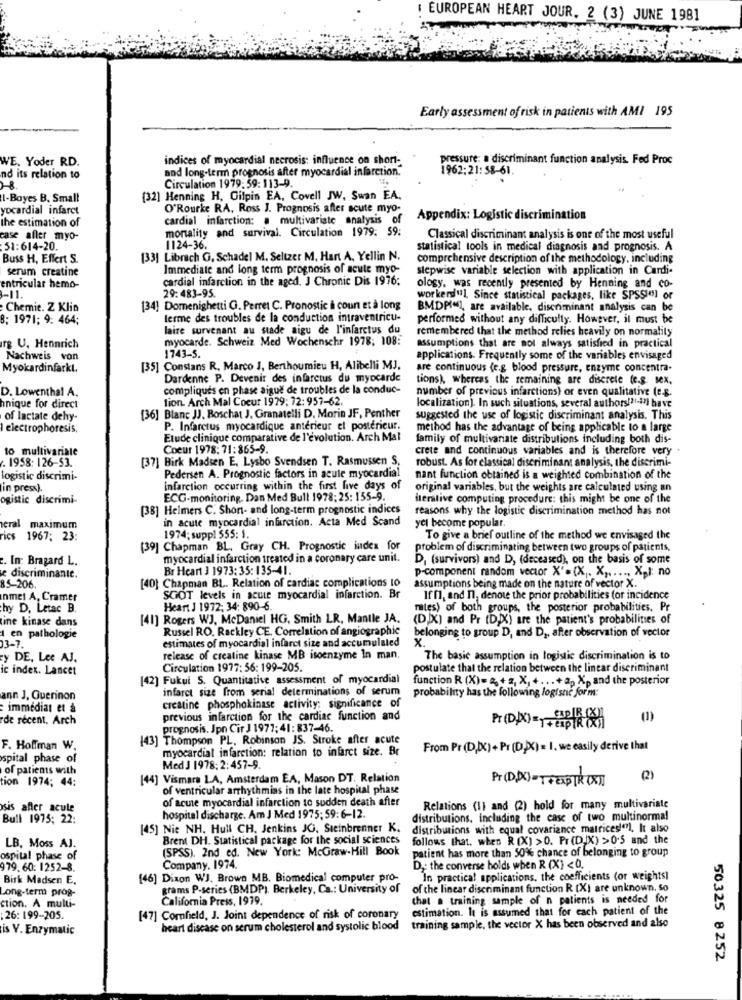
EUROPEAN HEART JOUR. 2 (3) JUNE 1981
Early assessment of risk in patients with AMI 195
WE. Yoder RD.
indices of myocardial necrosis: influence on short-
pressure: a discriminant function analysis. Fed Proc
and long-term prognosis after myocardial infarction.
1962:21:58-61.
nd its relation to
Circulation 1979: 59: 113-9.
I-Boyes B. Small
[32] Henning H. Gilpin EA, Covell JW, Swan EA.
yocardial infarct
O'Rourke RA, Ross J. Prognosis after acute myo-
the estimation of
cardial infarction: a multivariate analysis of
Appendix: Logistic discrimination
mortality and survival. Circulation 1979: 59:
case after myo-
Classical discriminant analysis is one of the most useful
51:614-20.
1124-36.
statistical tools in medical diagnosis and prognosis. A
Buss H, Effert S.
[33] Librach G. Schadel M. Seltzer M, Hart A, Yellin N.
comprehensive description of the methodology, including
serum creatine
Immediate and long term prognosis of acute myo-
stepwise variable selection with application in Cardi-
cardial infarction in the aged. J Chronic Dis 1976:
entricular hemo-
ology, was recently presented by Henning and co-
3-11.
29:483-95.
workerdul. Since statistical packages, like SPSSI(s) or
Chemie. Z Klia
[34] Domenighetti G. Perret C. Pronostic à coun et à long
BMDMIM, are available. discriminant analysis can be
8: 1971; 9. 464;
lerme des troubles de la conduction intraventricu-
performed without any difficulty. However, il must be
laire survenant au stade aigu de l'infarctus du
remembered that the method relies heavily on normality
myocarde. Schweiz Med Wochenschr 1978; 108:
rg U. Hennrich
assumptions that are not always satisfied in practical
Nachweis von
1743-5.
applications. Frequently some of the variables envisaged
Myokardinfarkt.
[35] Constans R. Marco J, Berthoumicu H, Alibelli MJ,
are continuous (e.g. blood pressure, enzyme concentra-
Dardenne P. Devenir des infarctus du myocarde
tions), whereas the remaining are discrete (e.s. sex,
D. Lowenthal A.
compliqués en phase aigue de troubles de la conduc-
number of previous infarctions) or even qualitative (e.g.
lion. Arch Mal Coeur 1979; 72: 957-62.
hnique for direct
localization). In such situations, several authors/21-i7) have
of lactate dehy-
(36) Blanc JJ. Boschat J, Granatelli D. Morin JF, Penther
suggested the use of logistic discriminant analysis. This
I electrophoresis,
P. Infarctus myocardique antérieur el postérieur.
method has the advantage of being applicable to a large
Etude clinique comparative de l'évolution. Arch Mal
family of multivariate distributions including both dis-
to multivariate
Coeur 1978: 71:865-9.
crete and continuous variables and is therefore very .
. 1958: 126-53.
[37] Birk Madsen E. Lysbo Svendsen T. Rasmussen S,
robust. As for classical discriminant analysis, the discrimi-
logistic discrimi-
Pedersen A. Prognostic factors in acute myocardial
nant function obtained is a weighted combination of the
in press).
infarction occurring within the first five days of
original variables, but the weights are calculated using an
ogistic discrimi-
ECG-monitoring. Dan Med Bull 1978: 25: 155-9.
iterative computing procedure: this might be one of the
[38] Helmers C. Short- and long-term prognostic indices
reasons why the logistic discrimination method has not
in acute myocardial infarction. Acta Med Scand
yel become popular.
eral maximum
ics 1967: 23:
1974; suppl 555: 1.
To give a brief outline of the method we envisaged the
[39] Chapman BL, Gray CH. Prognostic index for
problem of discriminating between two groups of patients.
. In: Bragard L.
myocardial infarction treated in a coronary care unit.
D. (survivors) and D, (deceased), on the basis of some
Br Heart 3 1973: 35: 135-41.
p-component random vector X"=(X). X ,..... Xpl: no
e discriminante.
[40] Chapman BL. Relation of cardiac complications to
85-206
assumptions being made on the nature of vector X.
Inmet A, Cramer
SGOT levels in acute myocardial infarction. Br
Iff, and I, denou the prior probabilities (or incidence
hy D. Letac B.
Heart J 1972; 34: 890-6.
mites) of both groups, the posterior probabilities. Pr
ine kinase dans
[41] Rogers WJ, McDaniel HG, Smith LR, Mantle JA.
(DIX) and Pr (D)X) are the patient's probabilities of
Russel RO. Rackley CE. Correlation of angiographic
1 en pathologie
03-7.
estimates of myocardial infarct size and accumulated
belonging to group D, and D ,, after observation of vector
X.
y DE, Lee AJ.
release of creatine kinase MB isoenzyme In man.
The basic assumption in logistic discrimination is to
ic index. Lancet
Circulation 1977: 56: 199-205.
postulate that the relation between the linear discriminant
[42] Fukui S. Quantitative assessment of myocardial
function R (X)= 2 + 2, X, + ... + 2. Xp and the posterior
infarct size from serial determinations of serum
ann J. Querinon
probability has the following logistic form:
immédiat et &
creatine phosphokinase activity: significance of
de recent. Arch
previous infarction for the cardiac function and
(1)
prognosis. Jpn Cir J 1977: 41: 837-46.
Pr(D)X) =1+ ESPIR (X)
143] Thompson PL. Robinson JS. Stroke after acute
F. Hoffman W.
myocardial infarction: relation to infarct size. Br
From Pr (D,IX) + Pr (D)X) = 1. we easily derive that
spital phase of
of patients with
Med J 1978; 2:457-9.
tion 1974; 44:
[44] Vismara LA, Amsterdam EA, Mason DT. Relation
Pr(D.X)=T FEED TR (X)
(2)
of ventricular arrhythmias in the late hospital phase
of acute myocardial infarction to sudden death after
sis after acule
Relations (1] and (2) hold for many multivariate
Bull 1975; 22:
hospital discharge. Am J Med 1975: 59:6-12.
distributions, including the case of two multinormal
[45] Nie NH. Hull CH. Jenkins JG, Steinbrenner K.
distributions with equal covariance matrices"), It also
Brent DH. Statistical package for the social sciences
follows that. when R (X) >0. Pr (DIX) >0.5 and the
LB. Moss AJ.
(SPSS). 2nd ed. New York: McGraw-Hill Book
patient has more than 50% chance of belonging to group
ospital phase of
979. 60: 1252-8.
Company. 1974.
D .: the converse holds when R (X) <0.
Birk Madsen E.
[46] Dixon WJ. Brown MB. Biomedical computer pro-
In practical applications, the coefficients (or weights]
Long-term prog-
grams P-series (BMDP). Berkeley, Ca .: University of
of the linear discriminant function R [X] are unknown. So
California Press, 1979.
that . training sample of n patients is needed for
ction. A multi-
estimation. It is assumed that for each patient of the
: 26: 199-205.
[47] Comfield, J. Joint dependence of risk of coronary
is V. Enzymatic
heart disease on serum cholesterol and systolic blood
training sample, the vector X has been observed and also
50325 8252